Indian journal of veterinary science and animal husbandry - Volume 11,
Year: 1941
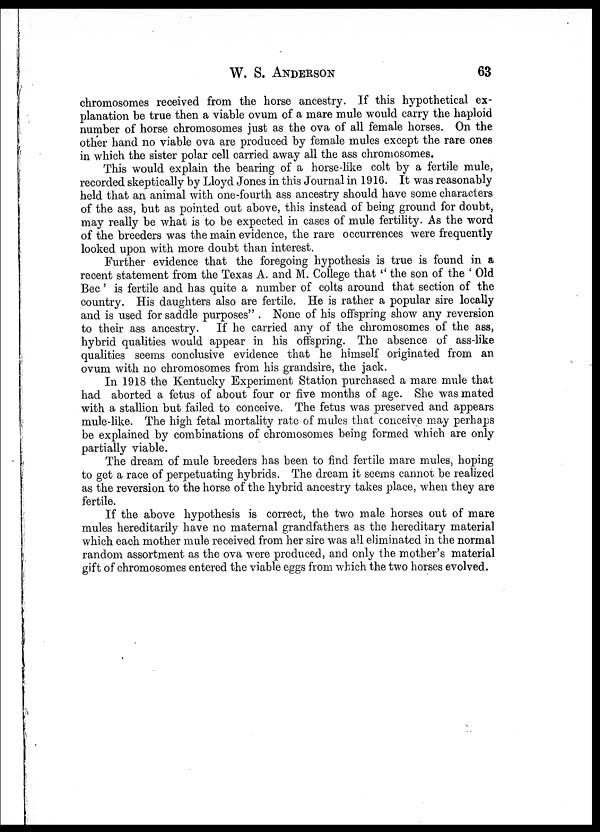
W. S.
ANDERSON
63
chromosomes received from the horse ancestry. If this hypothetical ex-
planation be true then a viable ovum of a mare mule would carry the haploid
number of horse chromosomes just as the ova of all female horses. On the
other hand no viable ova are produced by female mules except the rare ones
in which the sister polar cell carried away all the ass chromosomes.
This would explain the bearing of a horse-like colt by a fertile mule,
recorded skeptically by Lloyd Jones in this Journal in 1916. It was reasonably
held that an animal with one-fourth ass ancestry should have some characters
of the ass, but as pointed out above, this instead of being ground for doubt,
may really be what is to be expected in cases of mule fertility. As the word
of the breeders was the main evidence, the rare occurrences were frequently
looked upon with more doubt than interest.
Further evidence that the foregoing hypothesis is true is found in a
recent statement from the Texas A. and M. College that " the son of the ' Old
Bec' is fertile and has quite a number of colts around that section of the
country. His daughters also are fertile. He is rather a popular sire locally
and is used for saddle purposes". None of his offspring show any reversion
to their ass ancestry. If he carried any of the chromosomes of the ass,
hybrid qualities would appear in his offspring. The absence of ass-like
qualities seems conclusive evidence that he himself originated from an
ovum with no chromosomes from his grandsire, the jack.
In 1918 the Kentucky Experiment Station purchased a mare mule that
had aborted a fetus of about four or five months of age. She was mated
with a stallion but failed to conceive. The fetus was preserved and appears
mule-like. The high fetal mortality rate of mules that conceive may perhaps
be explained by combinations of chromosomes being formed which are only
partially viable.
The dream of mule breeders has been to find fertile mare mules, hoping
to get a race of perpetuating hybrids. The dream it seems cannot be realized
as the reversion to the horse of the hybrid ancestry takes place, when they are
fertile.
If the above hypothesis is correct, the two male horses out of mare
mules hereditarily have no maternal grandfathers as the hereditary material
which each mother mule received from her sire was all eliminated in the normal
random assortment as the ova were produced, and only the mother's material
gift of chromosomes entered the viable eggs from which the two horses evolved.